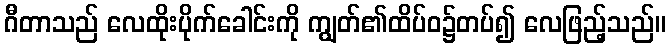
ဂီတာသည် လေထိုးပိုက်ခေါင်းကို ကျွတ်၏ထိပ်ဝ၌တပ်၍ လေဖြည့်သည်။